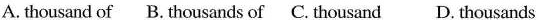
A. thousand of B. thousands of C. thousand D. thousands